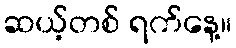
ဆယ့်တစ် ရက်နေ့။